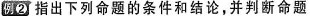
例2 指出下列命题的条件和结论，并判断命题